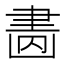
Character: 𦘚